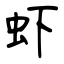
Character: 虾